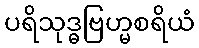
ပရိသုဒ္ဓဗြဟ္မစရိယံ